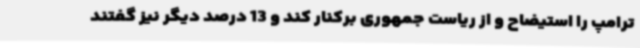
ترامپ را استیضاح و از ریاست جمهوری برکنار کند و 13 درصد دیگر نیز گفتند